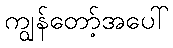
ကျွန်တော့်အပေါ်